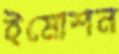
ইমোশন